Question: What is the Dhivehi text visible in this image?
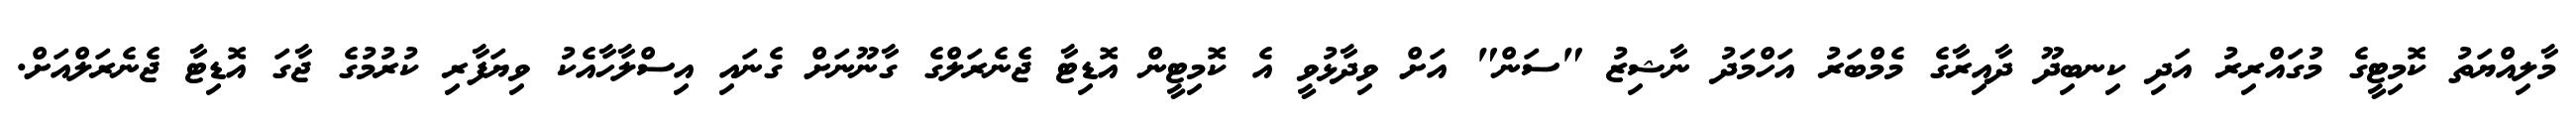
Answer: މާލިއްޔަތު ކޮމިޓީގެ މުގައްރިރު އަދި ކިނބިދޫ ދާއިރާގެ މެމްބަރު އަހްމަދު ނާޝިޒު "ސަން" އަށް ވިދާޅުވީ އެ ކޮމިޓީން އޮޑިޓާ ޖެނެރަލްގެ ގާނޫނަށް ގެނައި އިސްލާހާއެކު ވިޔަފާރި ކުރުމުގެ ޖާގަ އޮޑިޓާ ޖެނެރަލްއަށް.